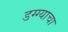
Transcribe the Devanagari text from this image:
डग्ग्याचा